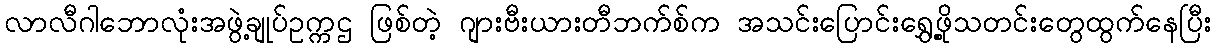
လာလီဂါဘောလုံးအဖွဲ့ချုပ်ဥက္ကဌ ဖြစ်တဲ့ ဂျားဗီးယားတီဘက်စ်က အသင်းပြောင်းရွှေ့ဖို့သတင်းတွေထွက်နေပြီး